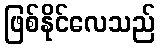
ဖြစ်နိုင်လေသည်